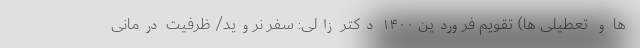
ها و تعطیلی ها) تقویم فروردین ۱۴۰۰ دکتر زالی: سفر نروید/ ظرفیت درمانی